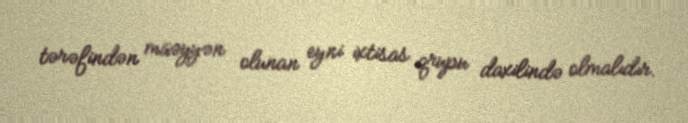
tərəfindən müəyyən olunan eyni ixtisas qrupu daxilində olmalıdır.